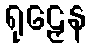
ရုဠှေန